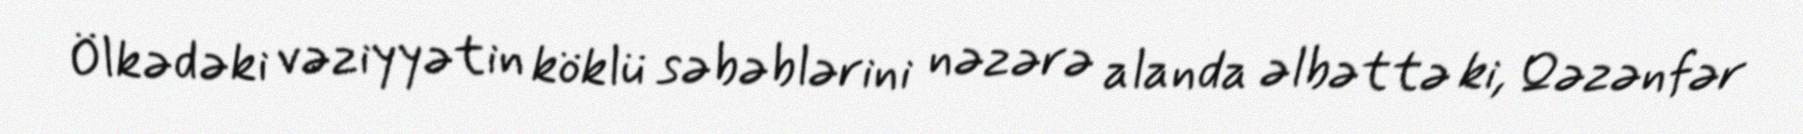
Ölkədəki vəziyyətin köklü səbəblərini nəzərə alanda əlbəttə ki, Qəzənfər